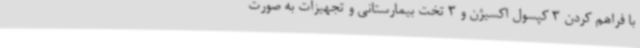
با فراهم کردن 3 کپسول اکسیژن و 3 تخت بیمارستانی و تجهیزات به صورت